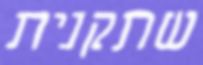
שתקנית